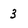
Character: 3